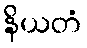
နိယတံ